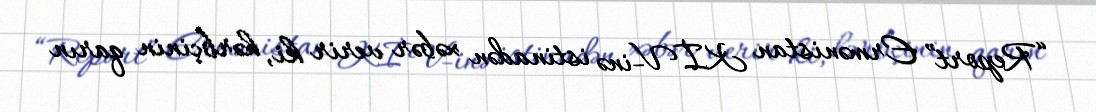
“Report” Ermənistan KİV-inə istinadən xəbər verir ki, hərbçinin qarın